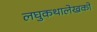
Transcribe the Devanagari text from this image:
लघुकथालेखकों